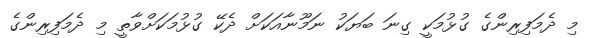
މި ދެމަފިރިންގެ ގުޅުމަކީ ގިނަ ބަޔަކު ނަމޫނާއަކަށް ދެކޭ ގުޅުމަކަށްވާތީ މި ދެމަފިރިންގެ